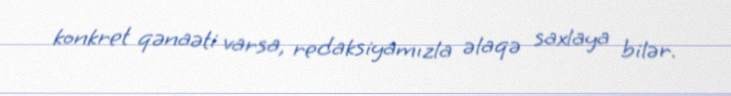
konkret qənaəti varsa, redaksiyamızla əlaqə saxlaya bilər.